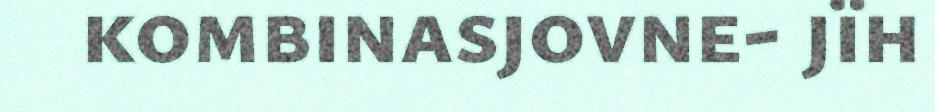
kombinasjovne- jïh